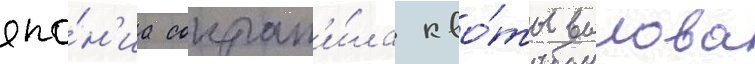
япо́н'иа сократ'и́ла кво́ты вылова